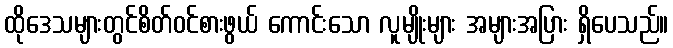
ထိုဒေသများတွင်စိတ်ဝင်စားဖွယ် ကောင်းသော လူမျိုးများ အများအပြား ရှိပေသည်။